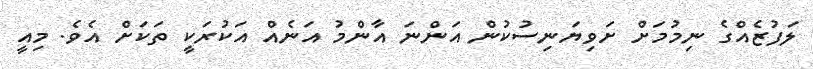
ލަފުޒެއްގެ ނިމުމަށް ށަވިޔަނިސުކުން އަންނަ އާންމު އަނެއް އަކުރަކީ ތަކަށް އެވެ. މިއީ